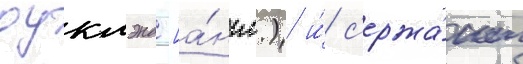
оуклэнд [а́нгл.) и́ с'ержа́нт